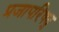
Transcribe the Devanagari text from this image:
प्रजापरिषद्